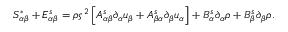
S _ { \alpha \beta } ^ { * } + E _ { \alpha \beta } ^ { s } = \rho \varsigma ^ { 2 } \left[ A _ { \alpha \beta } ^ { s } \partial _ { \alpha } u _ { \beta } + A _ { \beta \alpha } ^ { s } \partial _ { \beta } u _ { \alpha } \right] + B _ { \alpha } ^ { s } \partial _ { \alpha } \rho + B _ { \beta } ^ { s } \partial _ { \beta } \rho .